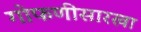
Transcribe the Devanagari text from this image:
गोफणीसारखा